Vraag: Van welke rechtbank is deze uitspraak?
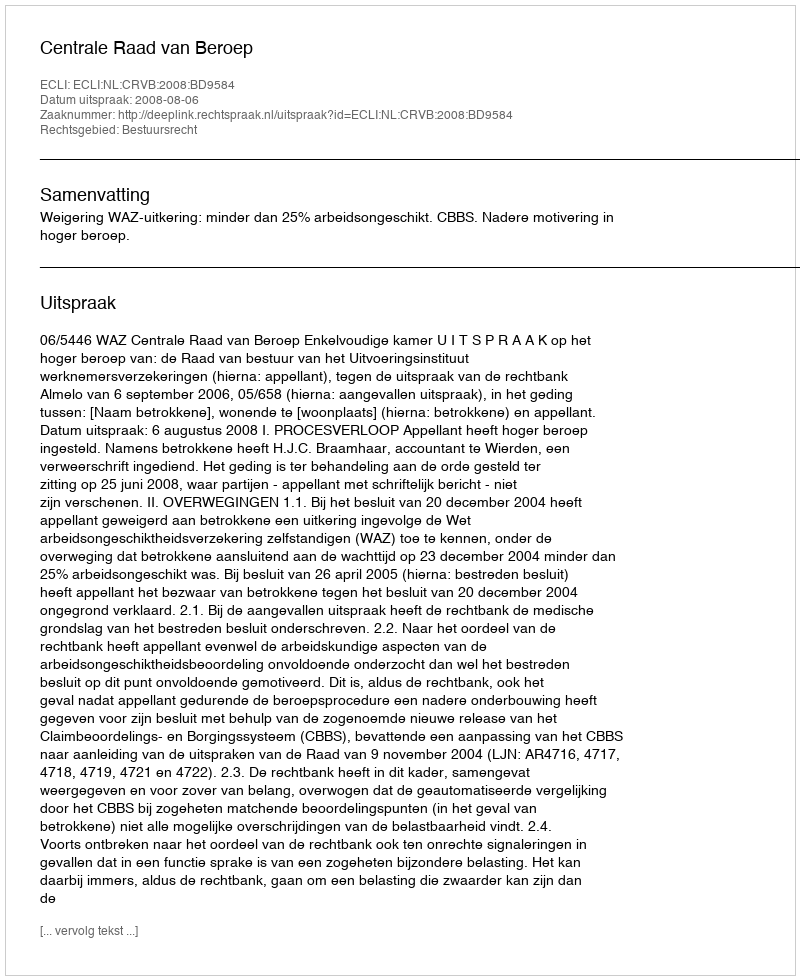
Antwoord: Centrale Raad van Beroep